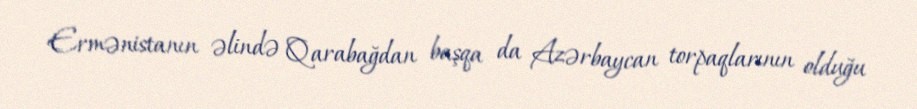
Ermənistanın əlində Qarabağdan başqa da Azərbaycan torpaqlarının olduğu